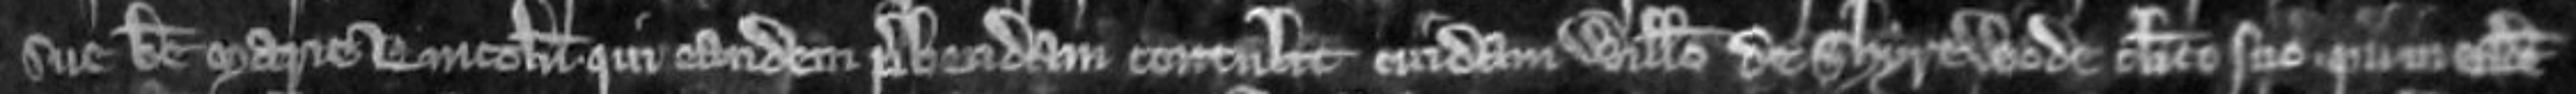
sue Beate Marie Lincolniensis qui eandem prebendam contulit cuidam Willelmo de Shyrewoode clerico suo qui in ecclesia